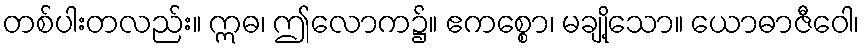
တစ်ပါးတလည်း။ ဣဓ၊ ဤလောက၌။ ဧကစ္စော၊ မချို့သော။ ယောဓာဇီဝေါ၊